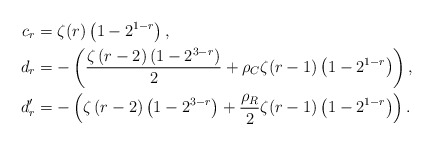
\begin{align*}c_r &= \zeta(r)\left(1 -2^{1-r}\right), \\d_r &= -\left( \frac{\zeta\left(r-2\right)\left(1-2^{3-r}\right)}{2} +\rho_{C}\zeta(r-1)\left(1 - 2^{1-r}\right)\right) ,\\d_r^{\prime} &= -\left(\zeta\left(r-2\right)\left(1-2^{3-r}\right) +\frac{\rho_{R}}{2}\zeta(r-1)\left(1 - 2^{1-r}\right)\right) .\end{align*}